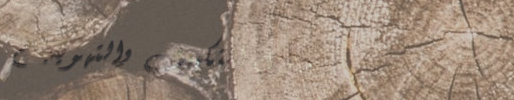
خدمات التكييف والتهوية: ح